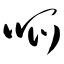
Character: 哌